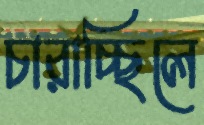
চারাচ্ছিলে